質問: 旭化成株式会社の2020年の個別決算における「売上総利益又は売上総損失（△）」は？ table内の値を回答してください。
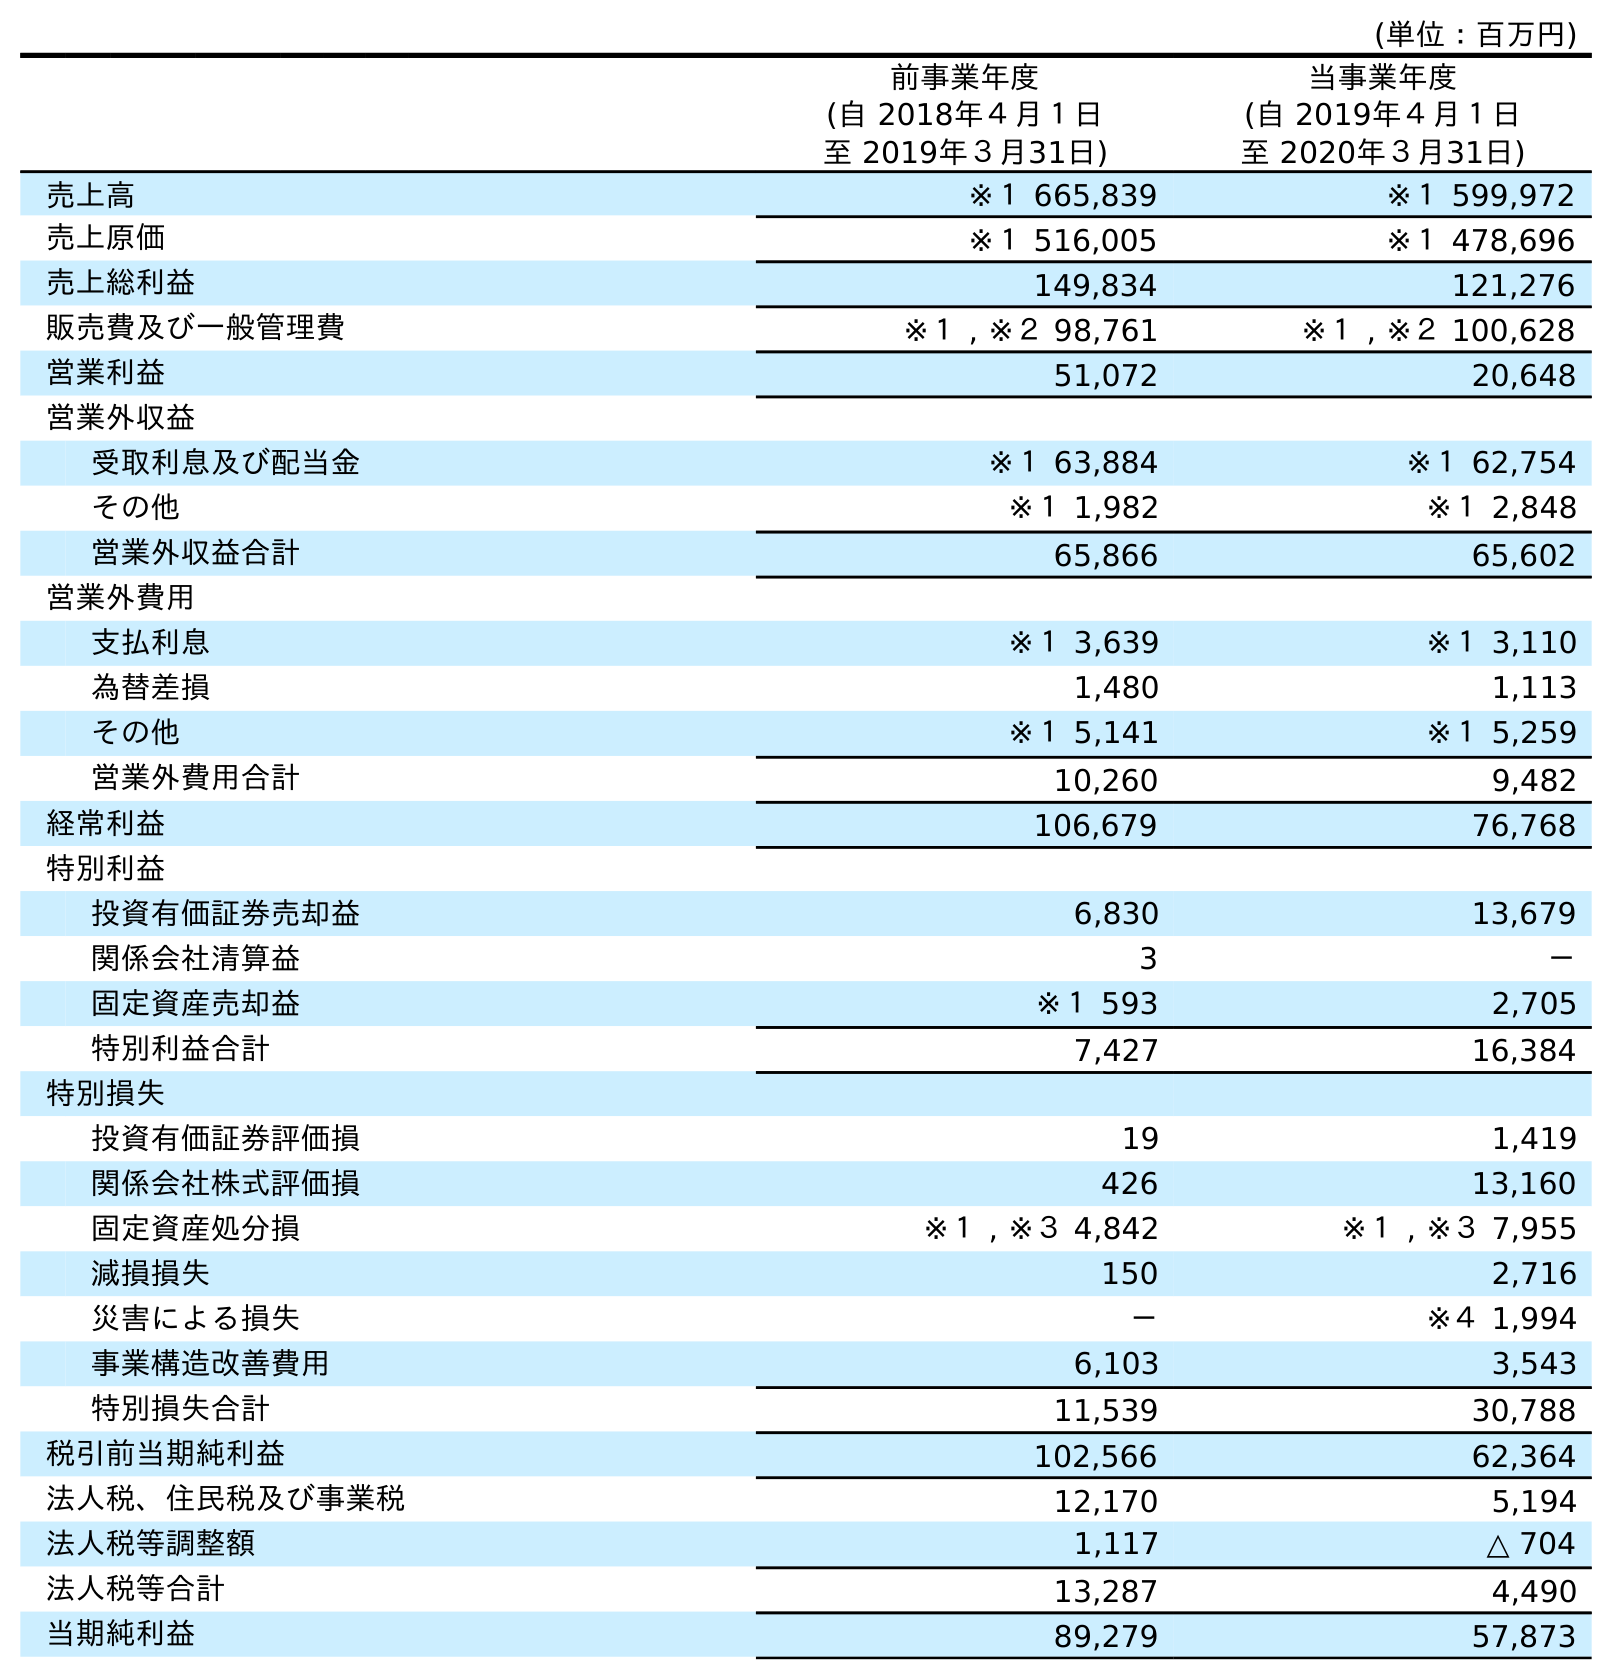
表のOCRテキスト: (単位：百万円) 前事業年度 (自 2018年４月１日 至 2019年３月31日) 当事業年度 (自 2019年４月１日 至 2020年３月31日) 売上高 ※１ 665,839 ※１ 599,972 売上原価 ※１ 516,005 ※１ 478,696 売上総利益 149,834 121,276 販売費及び一般管理費 ※１ , ※２ 98,761 ※１ , ※２ 100,628 営業利益 51,072 20,648 営業外収益 受取利息及び配当金 ※１ 63,884 ※１ 62,754 その他 ※１ 1,982 ※１ 2,848 営業外収益合計 65,866 65,602 営業外費用 支払利息 ※１ 3,639 ※１ 3,110 為替差損 1,480 1,113 その他 ※１ 5,141 ※１ 5,259 営業外費用合計 10,260 9,482 経常利益 106,679 76,768 特別利益 投資有価証券売却益 6,830 13,679 関係会社清算益 3 － 固定資産売却益 ※１ 593 2,705 特別利益合計 7,427 16,384 特別損失 投資有価証券評価損 19 1,419 関係会社株式評価損 426 13,160 固定資産処分損 ※１ , ※３ 4,842 ※１ , ※３ 7,955 減損損失 150 2,716 災害による損失 － ※４ 1,994 事業構造改善費用 6,103 3,543 特別損失合計 11,539 30,788 税引前当期純利益 102,566 62,364 法人税、住民税及び事業税 12,170 5,194 法人税等調整額 1,117 △ 704 法人税等合計 13,287 4,490 当期純利益 89,279 57,873
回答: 121,276